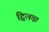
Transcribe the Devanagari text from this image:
द्विलक